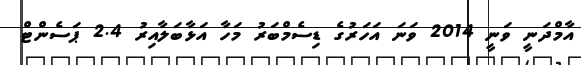
އާމްދަނީ ވަނީ 2014 ވަނަ އަހަރުގެ ޑިސެމްބަރު މަހާ އަޅާބަލާއިރު 2.4 ޕަސެންޓް